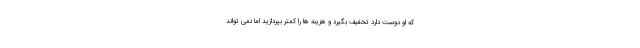
که او دوست دارد تخفیف بگیرد و هزینه ها را کمتر بپردازید اما نمی تواند